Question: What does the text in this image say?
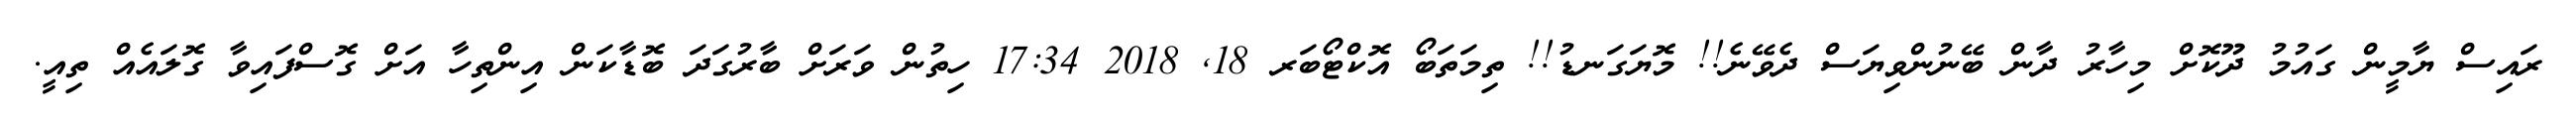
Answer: ރައިސް ޔާމީން ގައުމު ދޫކޮށް މިހާރު ދާން ބޭނުންވިޔަސް ދެވޭނެ!! މޮޔަގަނޑު!! ތިމަތަބޯ އޮކްޓޯބަރ 18, 2018 17:34 ހިތުން ވަރަށް ބާރުގަދަ ބޮޑާކަން އިންތިހާ އަށް ގޮސްފައިވާ ގޮލައެއް ތިއީ.